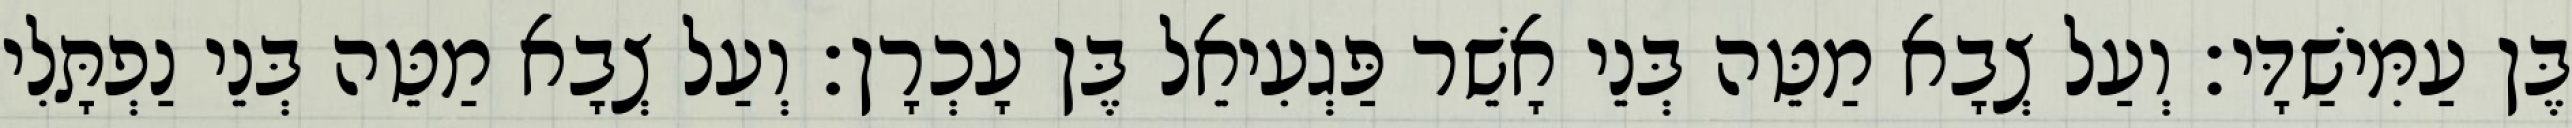
בֶּן עַמִּישַׁדָּי׃ וְעַל צְבָא מַטֵּה בְּנֵי אָשֵׁר פַּגְעִיאֵל בֶּן עָכְרָן׃ וְעַל צְבָא מַטֵּה בְּנֵי נַפְתָּלִי